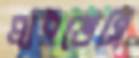
প্রাইভেসি